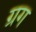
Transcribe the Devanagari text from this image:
ग्रग